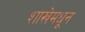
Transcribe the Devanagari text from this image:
शाखेमधून